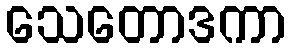
သေတောဒကာ